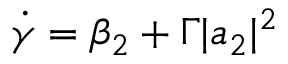
\dot { \gamma } = \beta _ { 2 } + \Gamma | a _ { 2 } | ^ { 2 }